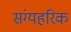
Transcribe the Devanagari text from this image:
संग्यहरिक